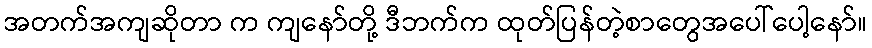
အတက်အကျဆိုတာ က ကျနော်တို့ ဒီဘက်က ထုတ်ပြန်တဲ့စာတွေအပေါ်ပေါ့နော်။